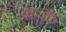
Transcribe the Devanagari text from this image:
वहजह